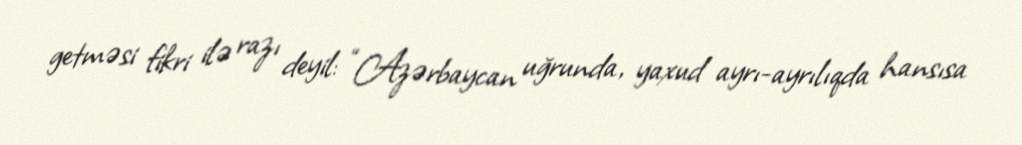
getməsi fikri ilə razı deyil: “Azərbaycan uğrunda, yaxud ayrı-ayrılıqda hansısa